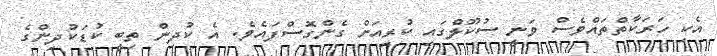
އެކި ހަރަކާތްތައްވެސް ވަނީ ސުކޫލްގައި ކުރިއަށް ގެންގޮސްފައެވެ. އެ ކުދިން ތިބީ ކުޑަކުދިންގެ